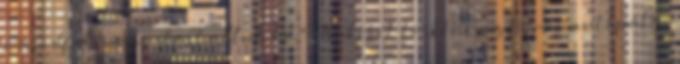
másodfokú riasztást adtak ki." "Baleset történt az M1-es autópálya